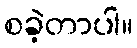
စခဲ့တာပါ။